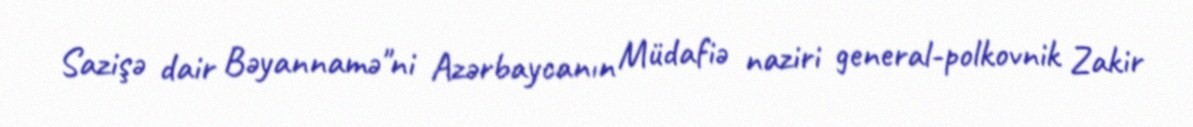
Sazişə dair Bəyannamə"ni Azərbaycanın Müdafiə naziri general-polkovnik Zakir